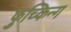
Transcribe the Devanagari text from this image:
फुच्किन्ग